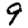
Digit: 9